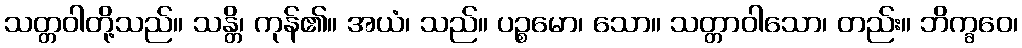
သတ္တဝါတို့သည်။ သန္တိ၊ ကုန်၏။ အယံ၊ သည်။ ပဉ္စမော၊ သော။ သတ္တာဝါသော၊ တည်း။ ဘိက္ခဝေ၊